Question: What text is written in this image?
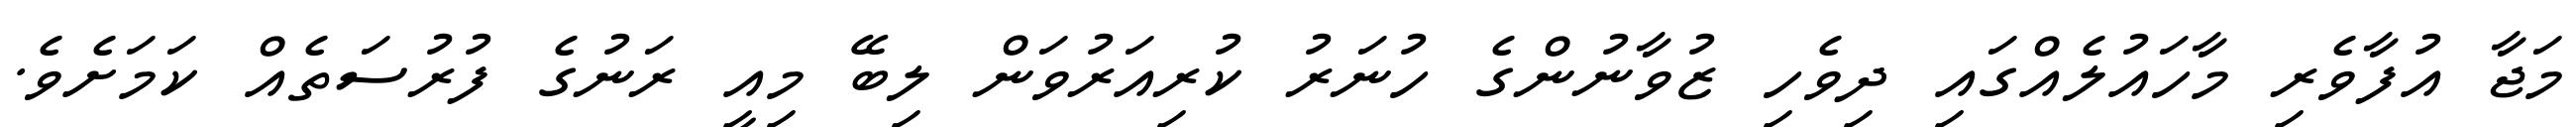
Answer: މަޖާ އުފާވެރި މާހައުލެއްގައި ދިވެހި ޒުވާނުންގެ ހުނަރު ކުރިއަރުވަން ލިބޭ މިއީ ރަނުގެ ފުރުސަތެއް ކަމަށެވެ.